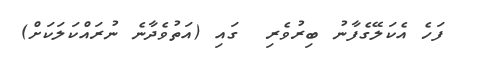
ފަހެ އެކަލޭގެފާނު ބިރުވެރި  ގައި (އަތުވެދާނެ ނުރައްކަލަކަށް)